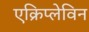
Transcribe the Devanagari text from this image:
एक्रिप्लेविन